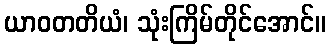
ယာဝတတိယံ၊ သုံးကြိမ်တိုင်အောင်။